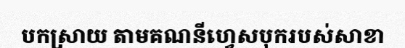
បកស្រាយ តាមគណនីហ្វេសបុករបស់សាខា